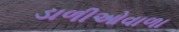
ડાળીઓવાળા